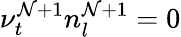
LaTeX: \nu_{t}^{\mathcal{N}+1}n_{l}^{\mathcal{N}+1}=0